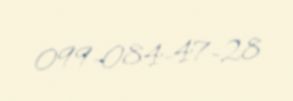
099-084-47-28